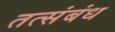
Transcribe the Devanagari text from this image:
तत्संबंध